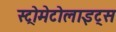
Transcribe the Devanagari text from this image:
स्ट्रोमेटोलाइट्स